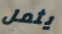
يثمل